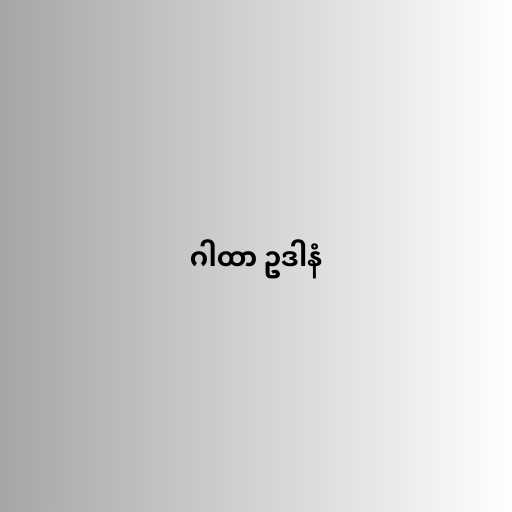
ဂါထာ ဥဒါနံ